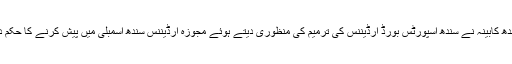
سندھ کابینہ نے سندھ اسپورٹس بورڈ آرڈیننس کی ترمیم کی منظوری دیتے ہوئے مجوزہ آرڈیننس سندھ اسمبلی میں پیش کرنے کا حکم دیا۔